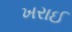
ખરાઈ